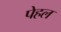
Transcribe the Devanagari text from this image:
पेहल